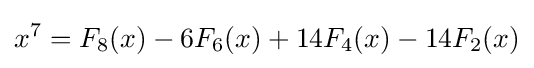
x^{7}=F_{8}(x)-6F_{6}(x)+14F_{4}(x)-14F_{2}(x)